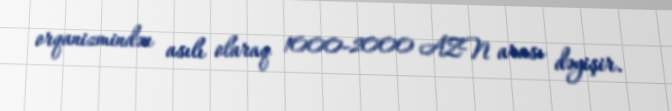
orqanizmindən asılı olaraq 1000-2000 AZN arası dəyişir.